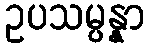
ဥပသမ္ပန္နာ